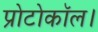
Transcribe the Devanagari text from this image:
प्रोटोकॉल।